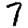
Digit: 7